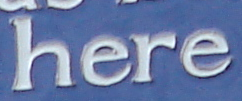
here